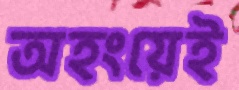
অহংয়েই